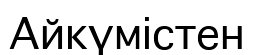
Айкүмістен